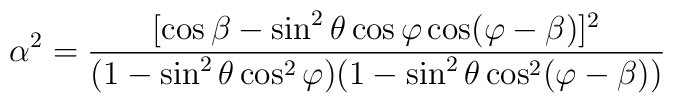
\alpha^2 = \frac{[\cos\beta-\sin^2\theta\cos\varphi\cos(\varphi-\beta)]^2}{(1-\sin^2\theta\cos^2\varphi)(1-\sin^2\theta\cos^2(\varphi-\beta))}